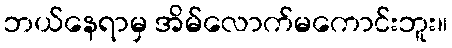
ဘယ်နေရာမှ အိမ်လောက်မကောင်းဘူး။